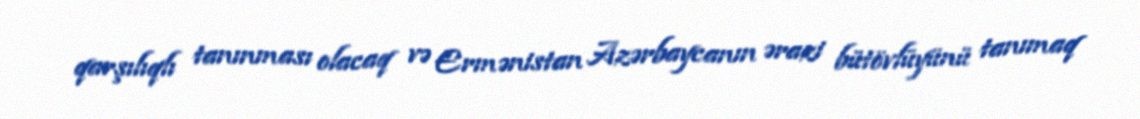
qarşılıqlı tanınması olacaq və Ermənistan Azərbaycanın ərazi bütövlüyünü tanımaq